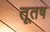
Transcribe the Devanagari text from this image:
तूतष